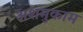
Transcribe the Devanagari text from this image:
अशमुकाम